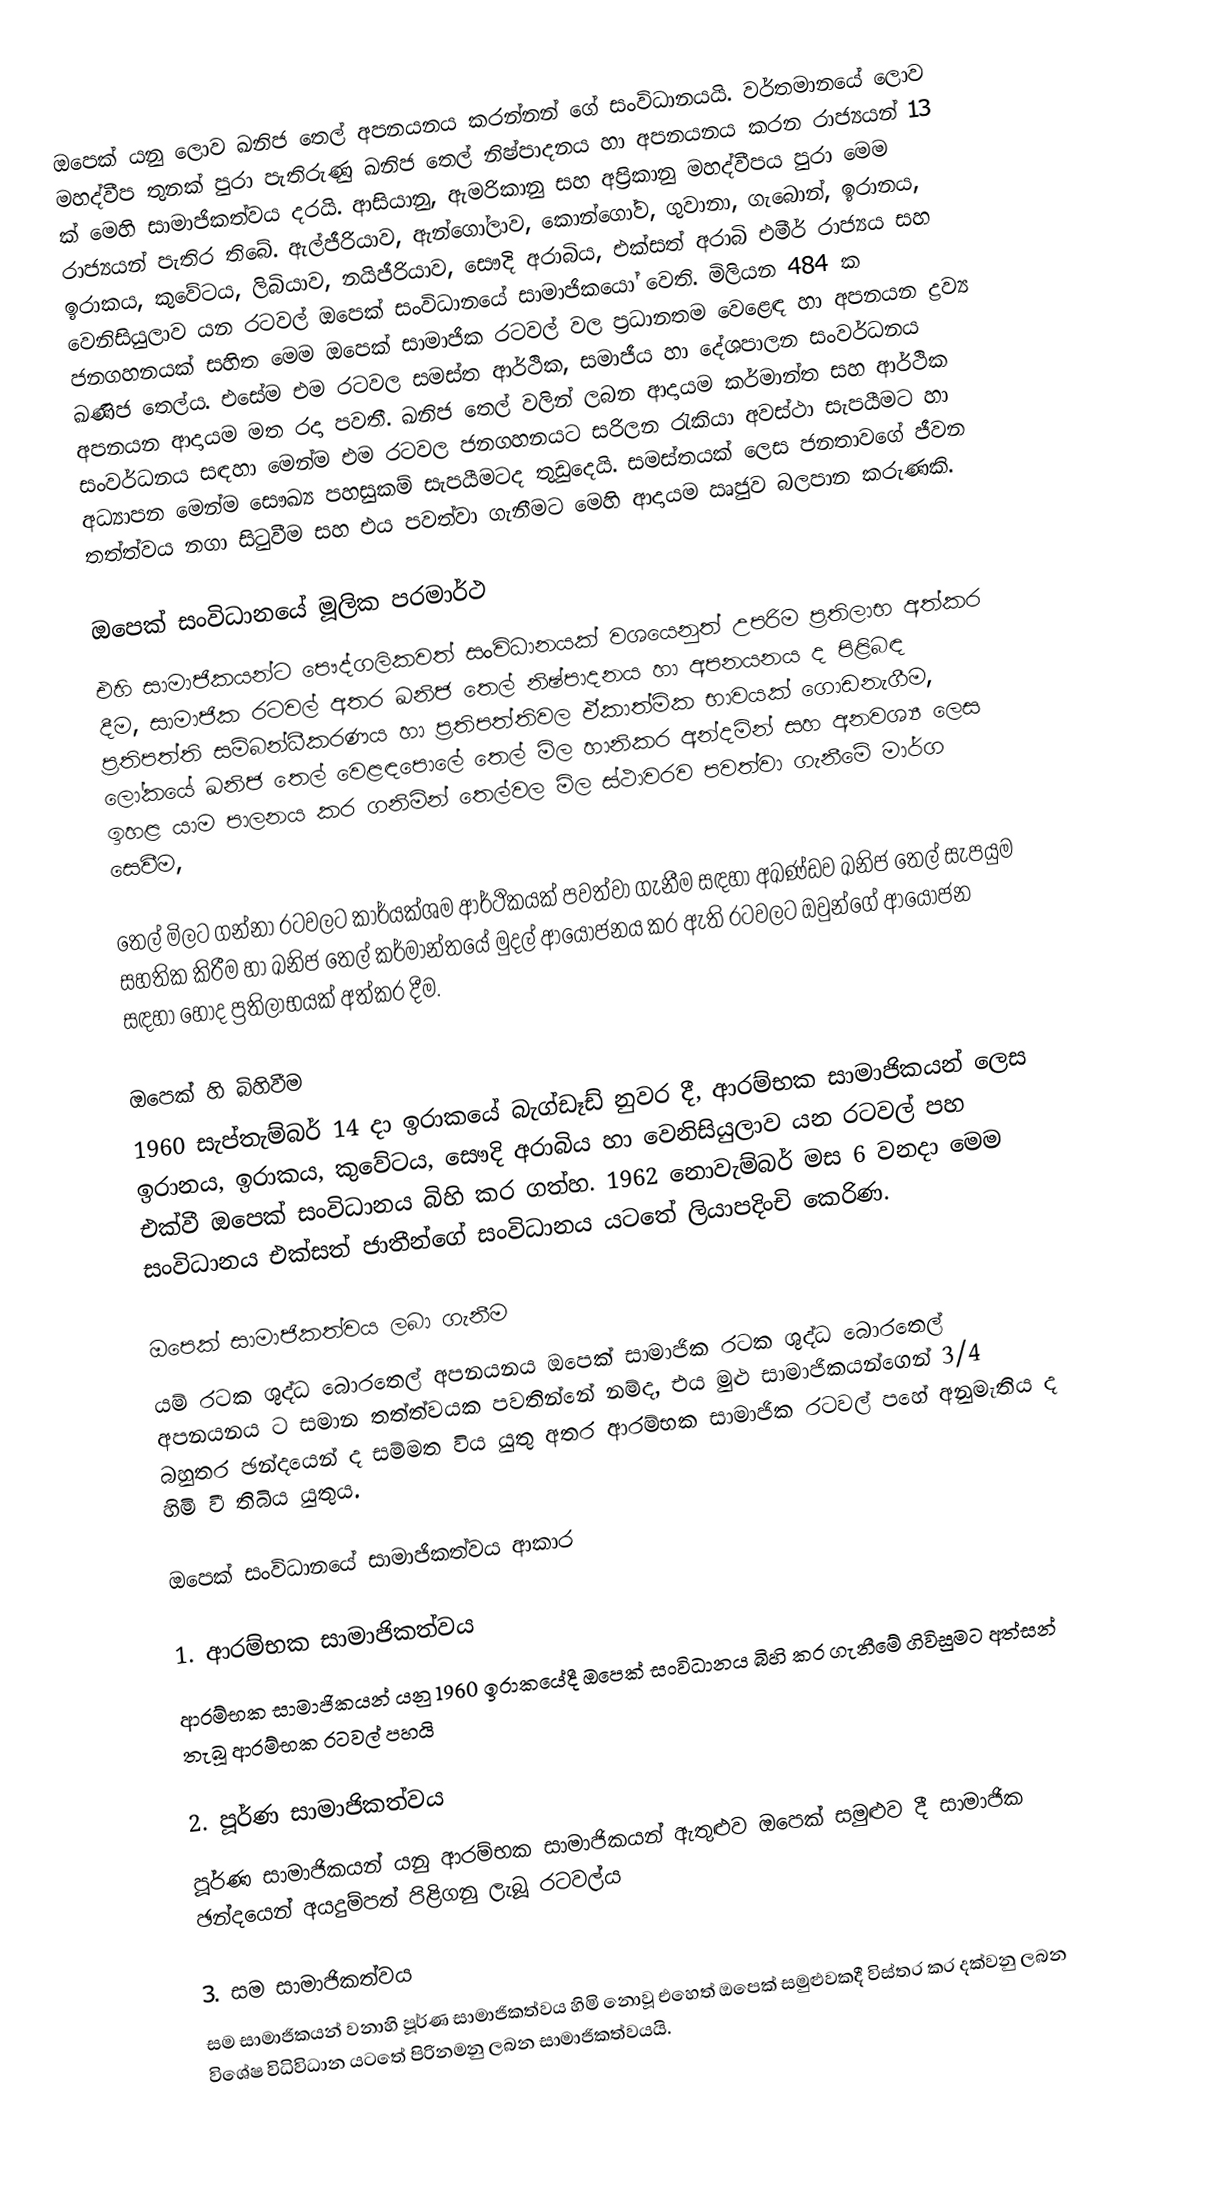
ඔපෙක් යනු ලොව ඛනිජ තෙල් අපනයනය කරන්නන් ගේ සංවිධානයයි. වර්තමානයේ ලොව මහද්වීප තුනක් පුරා පැතිරුණු ඛනිජ තෙල් නිෂ්පාදනය හා අපනයනය කරන රාජ්‍යයන් 13 ක් මෙහි සාමාජිකත්වය දරයි. ආසියානු, ඇමරිකානු සහ අප්‍රිකානු මහද්වීපය පුරා මෙම රාජ්‍යයන් පැතිර තිබේ. ඇල්ජීරියාව, ඇන්ගෝලාව, කොන්ගෝව, ගුවානා, ගැබොන්, ඉරානය, ඉරාකය, කුවේටය, ලිබියාව, නයිජීරියාව, සෞදි අරාබිය, එක්සත් අරාබි එමීර් රාජ්‍යය සහ වෙනිසියුලාව යන රටවල් ඔපෙක් සංවිධානයේ සාමාජිකයෝ වෙති. මිලියන 484 ක ජනගහනයක් සහිත මෙම ඔපෙක් සාමාජික රටවල් වල ප්‍රධානතම වෙළෙඳ හා අපනයන ද්‍රව්‍ය ඛණිජ තෙල්ය. එසේම එම රටවල සමස්ත ආර්ථික, සමාජීය හා දේශපාලන සංවර්ධනය අපනයන ආදායම මත රදා පවතී. ඛනිජ තෙල් වලින් ලබන ආදායම කර්මාන්ත සහ ආර්ථික සංවර්ධනය සඳහා මෙන්ම එම රටවල ජනගහනයට සරිලන රැකියා අවස්ථා සැපයීමට හා අධ්‍යාපන මෙන්ම සෞඛ්‍ය පහසුකම් සැපයීමටද තුඩුදෙයි. සමස්තයක් ලෙස ජනතාවගේ ජීවන තත්ත්වය නගා සිටුවීම සහ එය පවත්වා ගැනීමට මෙහි ආදායම ඍජුව බලපාන කරුණකි.

ඔපෙක් සංවිධානයේ මූලික පරමාර්ථ
එහි සාමාජිකයන්ට පෞද්ගලිකවත් සංවිධානයක් වශයෙනුත් උපරිම ප්‍රතිලාභ අත්කර දීම, සාමාජික රටවල් අතර ඛනිජ තෙල් නිෂ්පාදනය හා අපනයනය ද පිළිබඳ ප්‍රතිපත්ති සම්බන්ධීකරණය හා ප්‍රතිපත්තිවල ඒකාත්මික භාවයක් ගොඩනැගීම, ලෝකයේ ඛනිජ තෙල් වෙළඳපොලේ තෙල් මිල හානිකර අන්දමින් සහ අනවශ්‍ය ලෙස ඉහළ යාම පාලනය කර ගනිමින් තෙල්වල මිල ස්ථාවරව පවත්වා ගැනීමේ මාර්ග සෙවීම,

තෙල් මිලට ගන්නා රටවලට කාර්යක්ශම ආර්ථිකයක් පවත්වා ගැනීම සඳහා අඛණ්ඩව ඛනිජ තෙල් සැපයුම සහතික කිරීම හා ඛනිජ තෙල් කර්මාන්තයේ මුදල් ආයෝජනය කර ඇති රටවලට ඔවුන්ගේ ආයෝජන සඳහා හොද ප්‍රතිලාභයක් අත්කර දීම.

ඔපෙක් හි බිහිවීම
1960 සැප්තැම්බර් 14 දා ඉරාකයේ බැග්ඩෑඩ් නුවර දී, ආරම්භක සාමාජිකයන් ලෙස ඉරානය, ඉරාකය, කුවේටය, සෞදි අරාබිය හා වෙනිසියුලාව යන රටවල් පහ එක්වී ඔපෙක් සංවිධානය බිහි කර ගත්හ. 1962 නොවැම්බර් මස 6 වනදා මෙම සංවිධානය එක්සත් ජාතීන්ගේ සංවිධානය යටතේ ලියාපදිංචි කෙරිණ.

ඔපෙක් සාමාජිකත්වය ලබා ගැනීම
යම් රටක ශුද්ධ බොරතෙල් අපනයනය ඔපෙක් සාමාජික රටක ශුද්ධ බොරතෙල් අපනයනය ට සමාන තත්ත්වයක පවතින්නේ නම්ද, එය මුළු සාමාජිකයන්ගෙන් 3/4 බහුතර ඡන්දයෙන් ද සම්මත විය යුතු අතර ආරම්භක සාමාජික රටවල් පහේ අනුමැතිය ද හිමි වී තිබිය යුතුය.

ඔපෙක් සංවිධානයේ සාමාජිකත්වය ආකාර

1. ආරම්භක සාමාජිකත්වය
ආරම්භක සාමාජිකයන් යනු 1960 ඉරාකයේදී ඔපෙක් සංවිධානය බිහි කර ගැනීමේ ගිවිසුමට අත්සන් තැබූ ආරම්භක රටවල් පහයි

2. පූර්ණ සාමාජිකත්වය
පූර්ණ සාමාජිකයන් යනු ආරම්භක සාමාජිකයන් ඇතුළුව ඔපෙක් සමුළුව දී සාමාජික ඡන්දයෙන් අයදුම්පත් පිළිගනු ලැබූ රටවල්ය

3. සම සාමාජිකත්වය
සම සාමාජිකයන් වනාහි පූර්ණ සාමාජිකත්වය හිමි නොවූ එහෙත් ඔපෙක් සමුළුවකදී විස්තර කර දක්වනු ලබන විශේෂ විධිවිධාන යටතේ පිරිනමනු ලබන සාමාජිකත්වයයි.